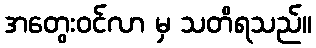
အတွေးဝင်လာ မှ သတိရသည်။